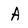
Character: A